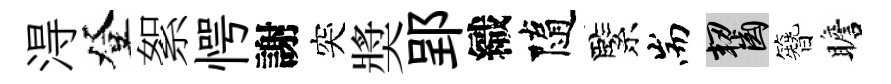
淂登絮愕謝突奬郢織隨緊耑齧簪瞻